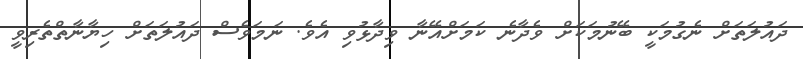
ދައުލަތަށް ނެގުމަކީ ބޭނުމަކަށް ވެދާނެ ކަމަށްއޭނާ ވިދާޅުވި އެވެ. ނަމަވެސް ދައުލަތަށް ހިޔާނާތްތެރިވީ